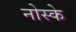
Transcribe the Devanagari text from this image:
नोस्के